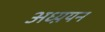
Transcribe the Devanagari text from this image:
अध्य़यन